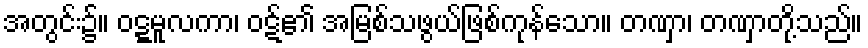
အတွင်း၌။ ဝဋ္ဋမူလကာ၊ ဝဋ်၏ အမြစ်သဖွယ်ဖြစ်ကုန်သော။ တဏှာ၊ တဏှာတို့သည်။